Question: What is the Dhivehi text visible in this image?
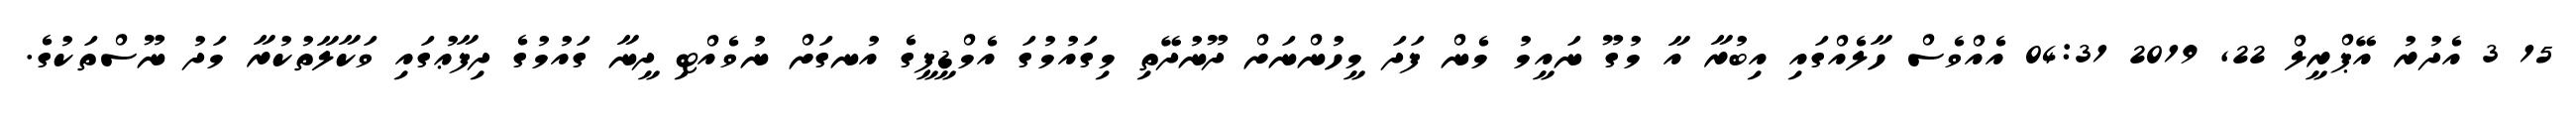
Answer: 15 3 އެދުރު އޭޕްރީލް 22, 2019 04:31 އެއްވެސް ހާލެއްގައި އިބުރާ އާ މުގޫ ނައީމު މެން ފަދަ މީހުންނަށް ދޫނުދޭތި މިގައުމުގަ އެމްޑީޕީގެ އުނގަށް ނުވެއްޓި ދީނާ ގައުމުގެ ދިފާޢުގައި ވަކާލާތުކުރާ މަދު ނޫސްތަކުގެ.